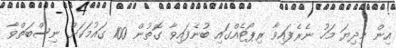
އިން މިދިޔަ މަހު ނެރެފައިވާ ރިޕޯޓެއްގައި ބުނެފައިވާ ގޮތުން 100 ގައުމަކަށް ނިސްބަތްވާ